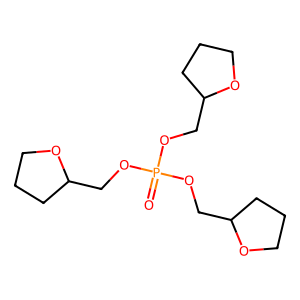
SMILES: O=P(OCC1CCCO1)(OCC1CCCO1)OCC1CCCO1
Inhibits HIV replication: No